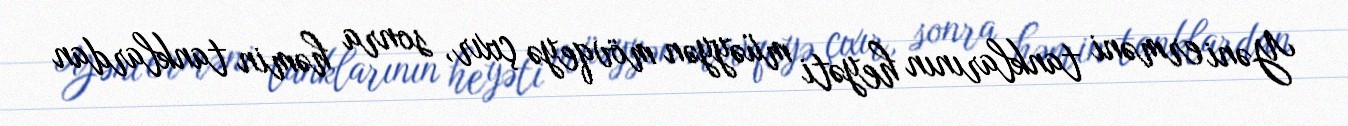
Yəni erməni tanklarının heyəti müəyyən mövqeyə çıxır, sonra həmin tanklardan